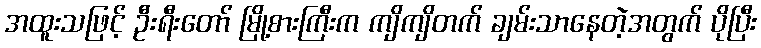
အထူးသဖြင့် ဦးရီးတော် မြို့စားကြီးက ကျိကျိတက် ချမ်းသာနေတဲ့အတွက် ပိုပြီး